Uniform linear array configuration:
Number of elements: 12
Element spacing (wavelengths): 0.5
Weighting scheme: binomial
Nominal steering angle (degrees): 30
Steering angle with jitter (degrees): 31.216
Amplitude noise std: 0.05
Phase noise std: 0.05

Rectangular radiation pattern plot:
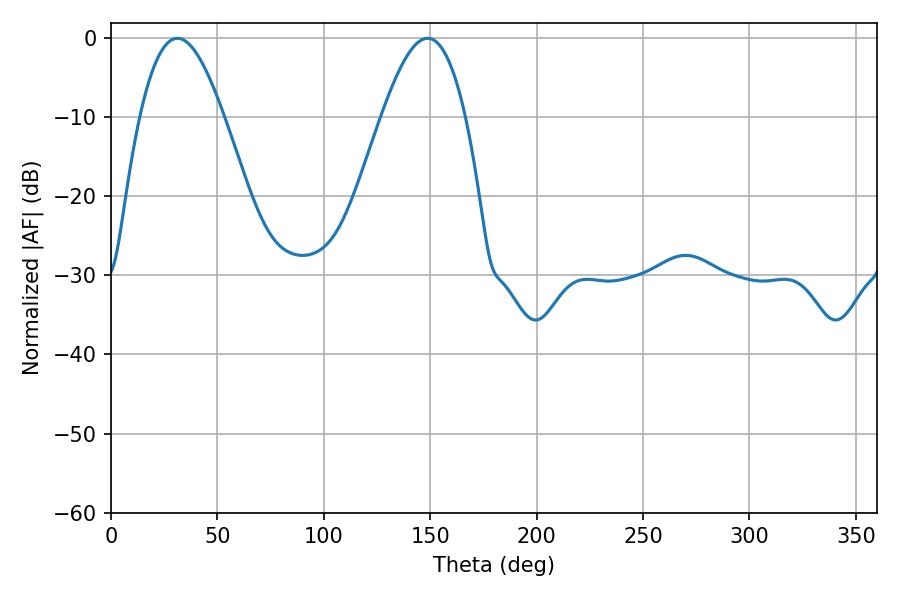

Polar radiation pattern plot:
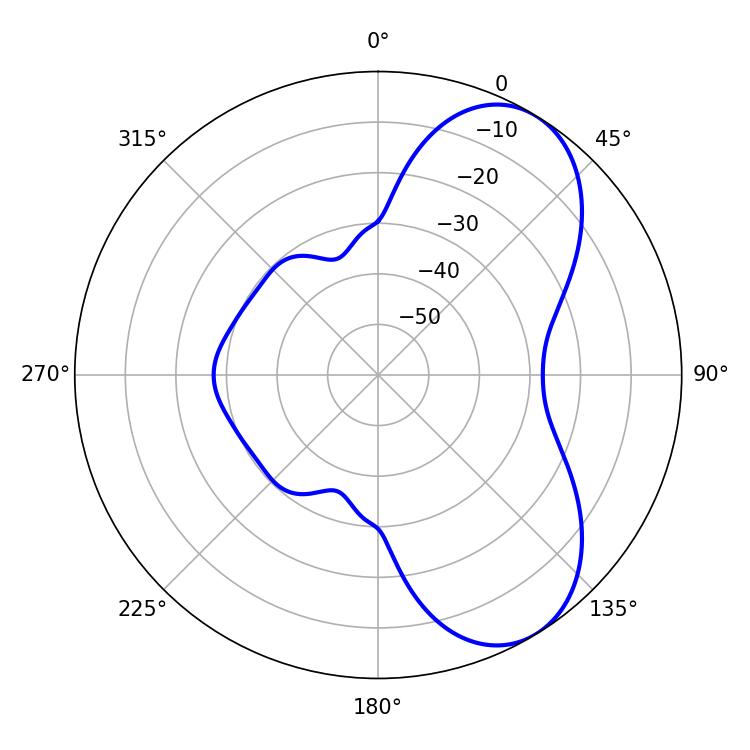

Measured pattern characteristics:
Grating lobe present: FALSE
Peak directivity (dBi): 6.669
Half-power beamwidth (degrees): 21.24
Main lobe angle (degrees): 31.14